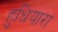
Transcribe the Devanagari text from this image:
हुधियारा